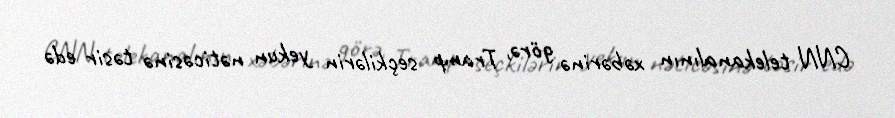
CNN telekanalının xəbərinə görə, Tramp seçkilərin yekun nəticəsinə təsir edə